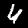
Digit: 4